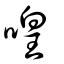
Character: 喤